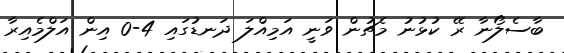
ބާސެލޯނާ ރޭ ކުޅުނު މެޗުން ވަނީ އަމިއްލަ ދަނޑުގައި 4-0 އިން އަލްމެއިރާ